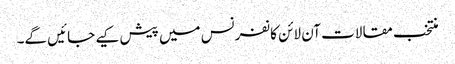
منتخب مقالات آن لائن کانفرنس میں پیش کیے جائیں گے۔